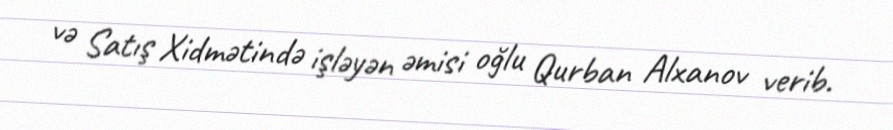
və Satış Xidmətində işləyən əmisi oğlu Qurban Alxanov verib.